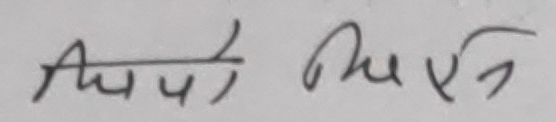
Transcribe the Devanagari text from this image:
अपरुचिर